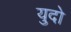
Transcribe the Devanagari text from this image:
युदो